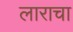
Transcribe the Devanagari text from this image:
लाराचा